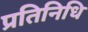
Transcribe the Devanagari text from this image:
प्रतिनिधि